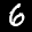
Label: 6